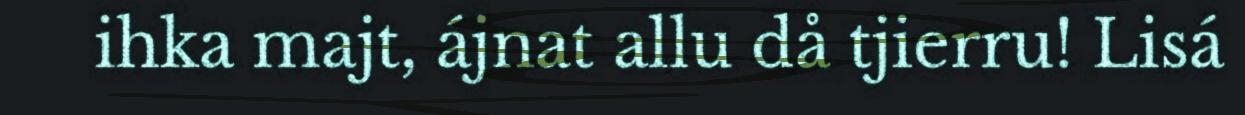
ihka majt, ájnat allu då tjierru! Lisá